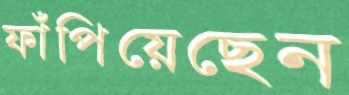
ফাঁপিয়েছেন